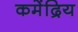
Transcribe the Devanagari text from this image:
कमेंद्रिय